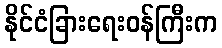
နိုင်ငံခြားရေးဝန်ကြီးက